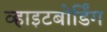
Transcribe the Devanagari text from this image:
व्हाइटबोर्डिंग